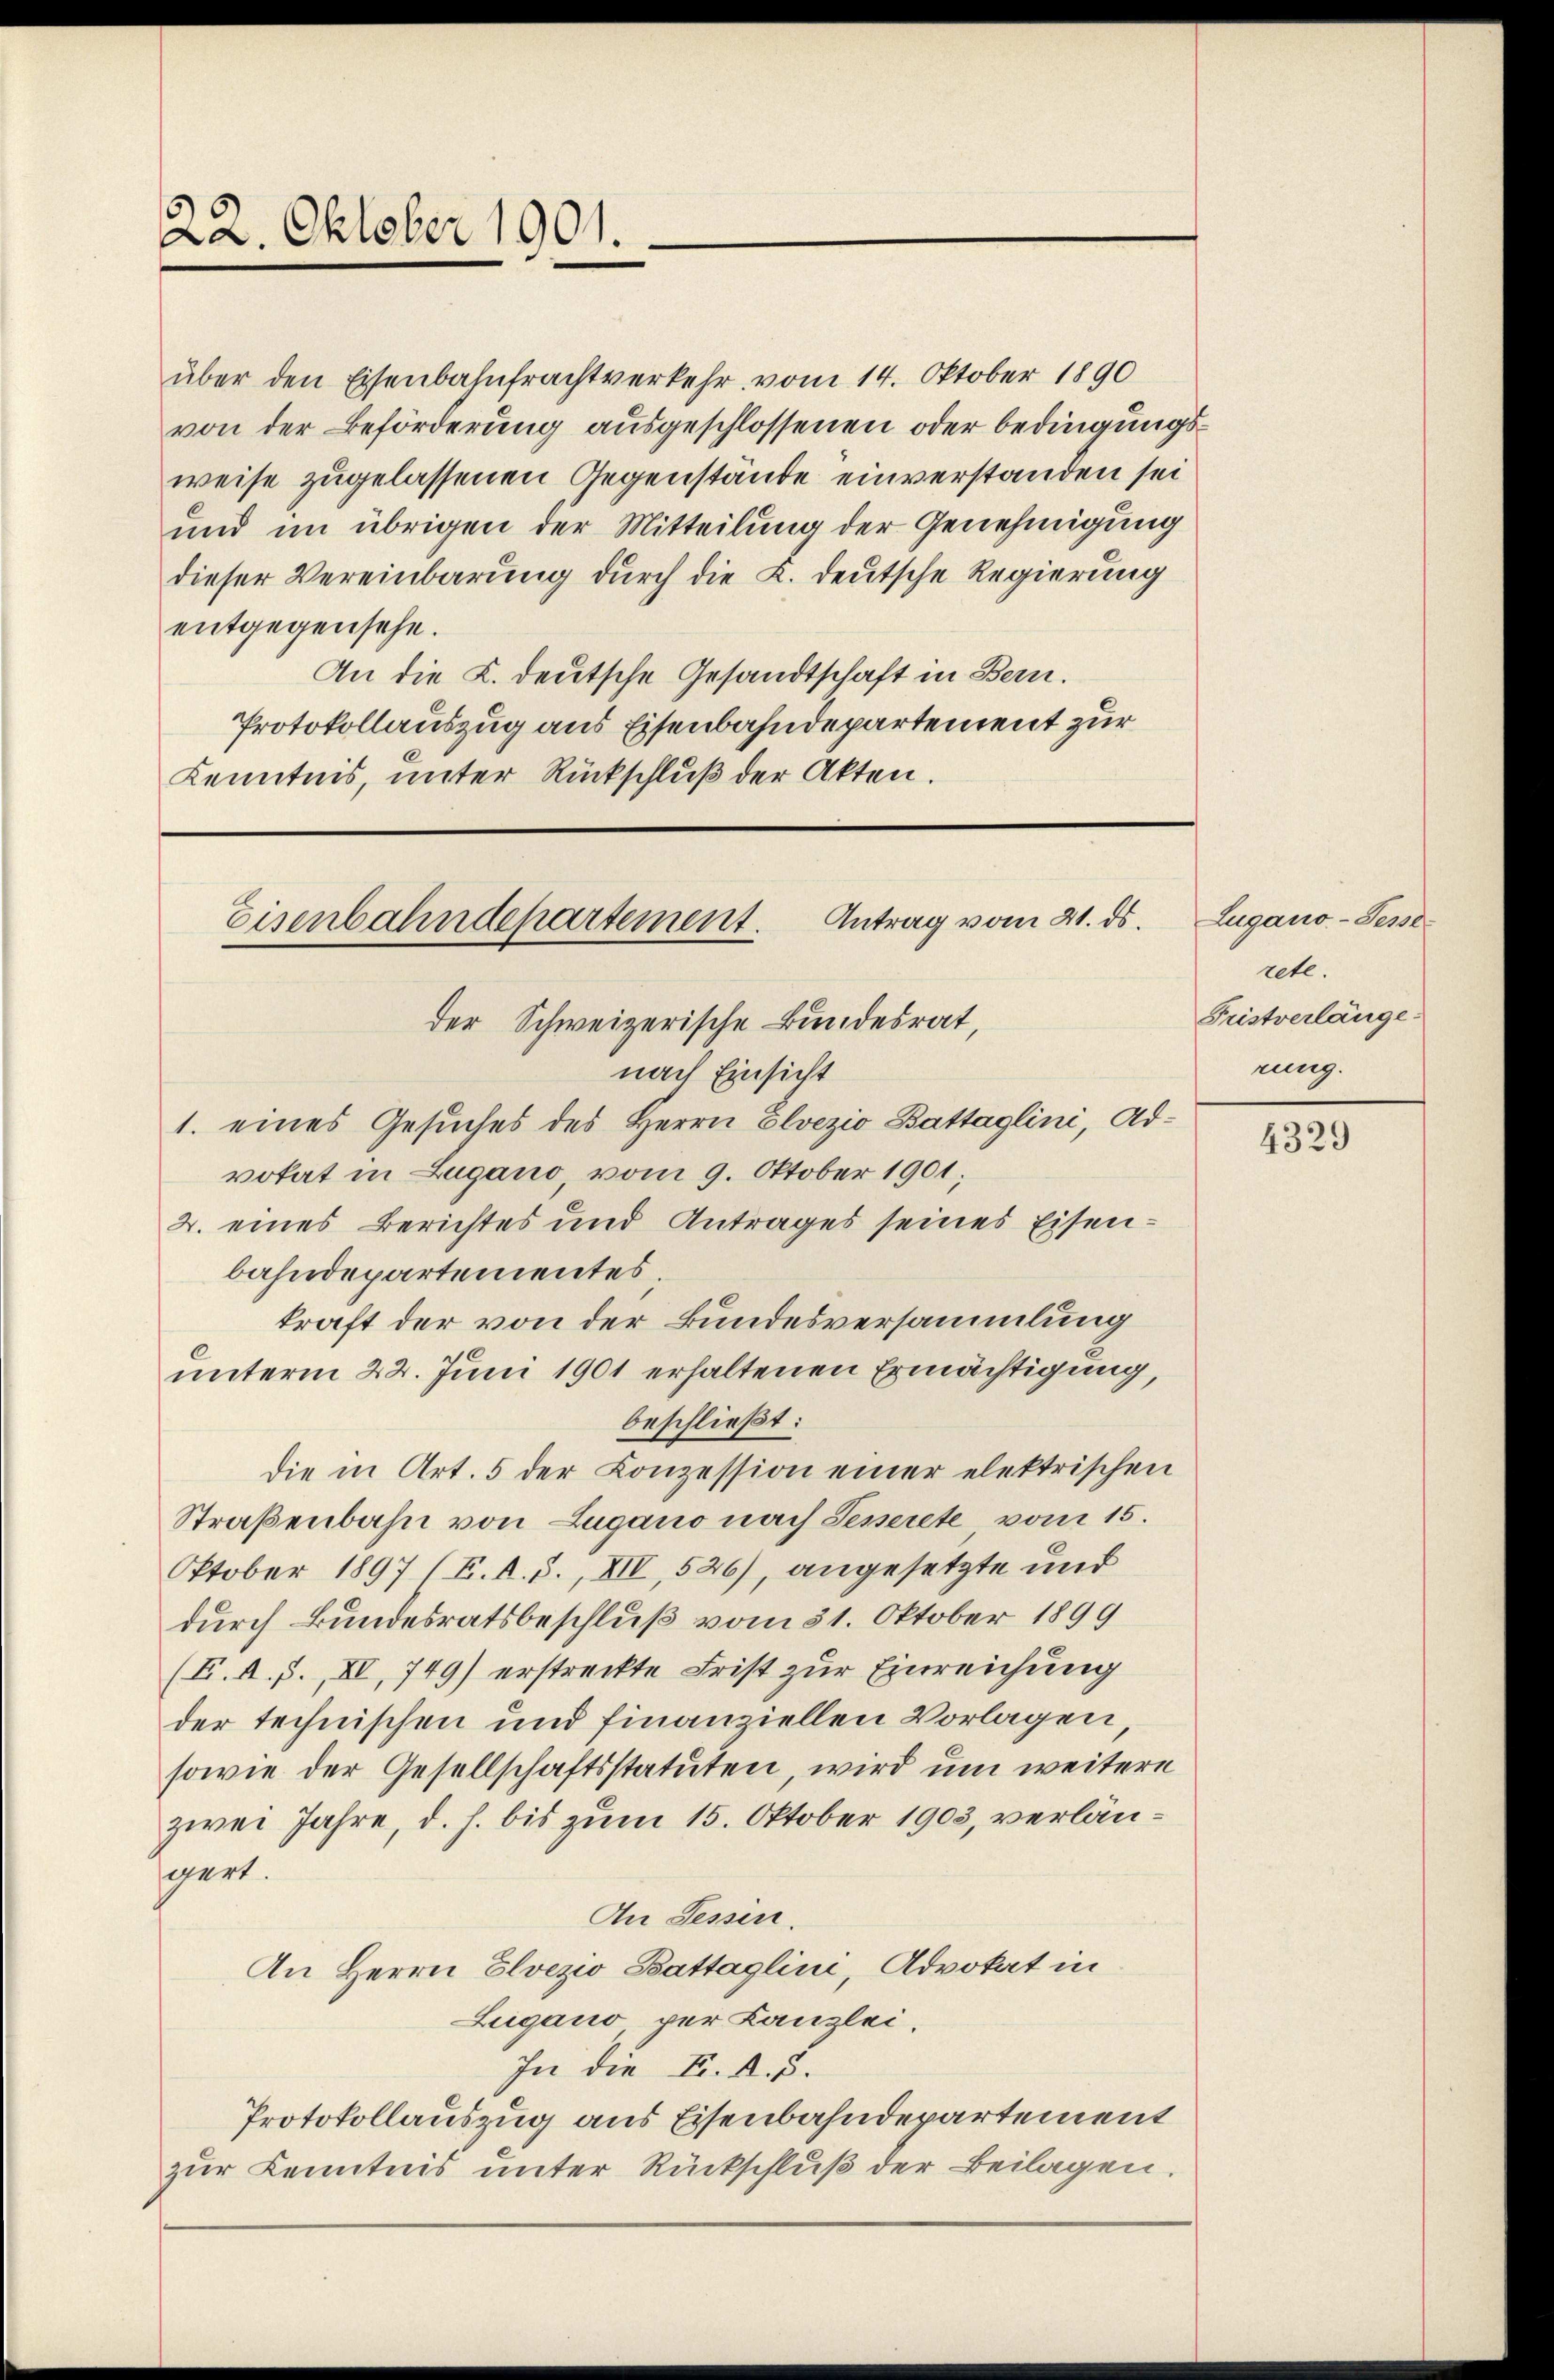
22. Oktober 1901.

Eisenbahndepartement. Antrag vom 21. ds.
der Schweizerische Bundesrat,

über den Eisenbahnfrachtverkehr vom 14. Oktober 1890
von der Beförderung ausgeschlossenen oder bedingungsweise zugelassenen Gegenstände einverstanden sei
und im übrigen der Mitteilung der Genehmigung
dieser Vereinbarung durch die L. deutsche Regierung
entgegensehe.
An die K. deutsche Gesandtschaft in Bern.
Protokollauszug aus Eisenbahndepartement zur
Kenntnis, unter Rückschluß der Akten.

nach Einsicht
1. eines Gesuches des Herrn Elvezio Battaglini, Advotat in Zugano, vom 9. Oktober 1901;
2. eines Berichtes und Antrages seines Eisenbahndepartementes;
kraft der von der Bundesversammlung
unterm 22. Juni 1901 erhaltenen Ermächtigung,
beschließt:
die in Art. 5 der Conzession einer elektrischen
Straßenbahn von Lugano nach Sesserete vom 15.
Otober 1897 (E. R. S., XII, 526), angesetzte und
durch Bundesratsbeschluß vom 31. Oktober 1899
(F. A. S. XV, 749) erstreckte Frist zur Einreichung
der technischen und finanziellen Vorlagen
sowie der Gesellschaftsstatuten, wird um weitere
zwei Jahre, d. h. bis zum 15. Oktober 1903, verlängert.
An Tessin.
An Herrn Elvezio Battaglini, Advokat in
Zugano, per Kanzlei.
In die K. A. S.
Protokollauszug aus Eisenbahndepartement
zur Kenntnis unter Rückschluß der Beilagen.

Lugano-Sesse
rete.
Fristverlänge
rung.

4329